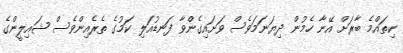
ކިތައްމެ ބާރަށް އޭނާ ހެމުން ދިޔަނަމަވެސް ވަށައިގެންވާ ފަނޑުއަލި ކަމުގެ ތެރެއިންވެސް ޝައިލީންގެ